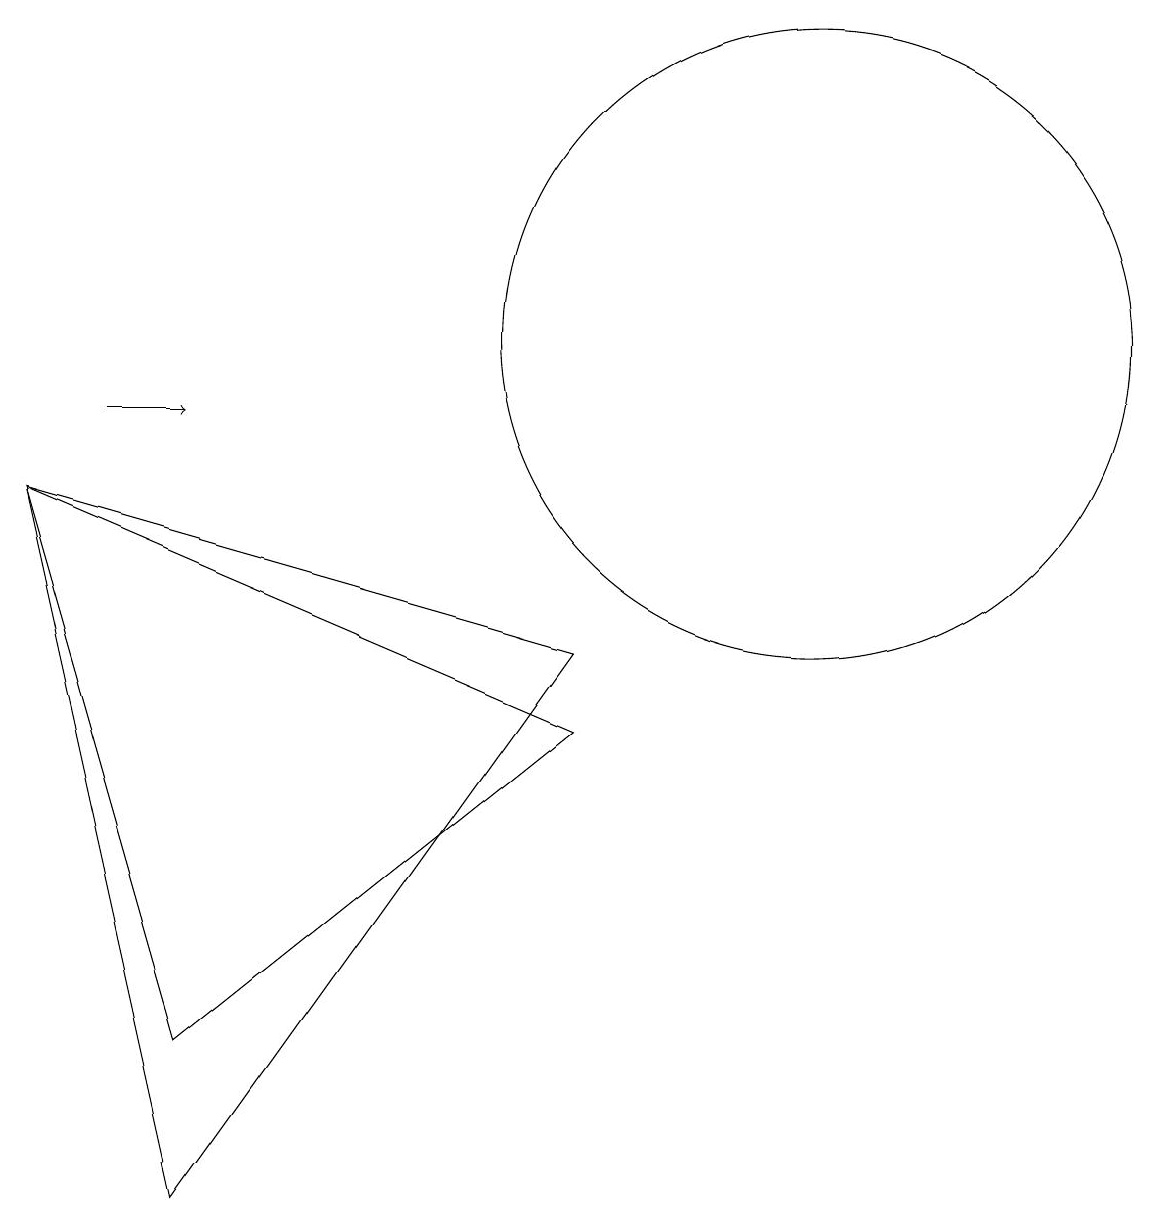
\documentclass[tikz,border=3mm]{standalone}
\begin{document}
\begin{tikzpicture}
\draw (8,6) -- (1,9) -- (3,2) -- cycle;
\draw[->] (2,10) -- (3,10);
\draw (8,7) -- (1,9) -- (3,0) -- cycle;
\draw (11,11) circle (4);
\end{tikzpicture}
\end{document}